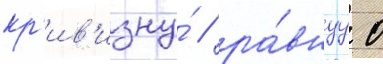
кр'ив'изну́ / ра́внуу 0